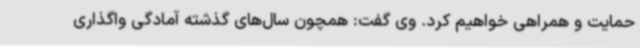
حمایت و همراهی خواهیم کرد. وی گفت: همچون سال‌های گذشته آمادگی واگذاری